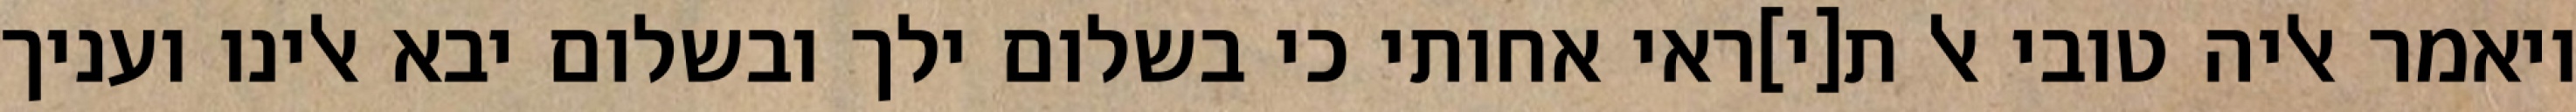
ויאמר אליה טובי אל ת[י]ראי אחותי כי בשלום ילך ובשלום יבא אלינו ועניך